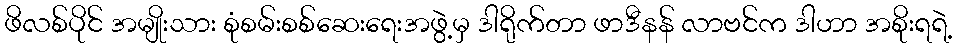
ဖိလစ်ပိုင် အမျိုးသား စုံစမ်းစစ်ဆေးရေးအဖွဲ့မှ ဒါရိုက်တာ ဖာဒီနန် လာဗင်က ဒါဟာ အစိုးရရဲ့